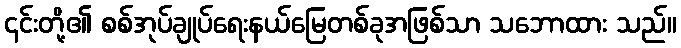
၎င်းတို့၏ စစ်အုပ်ချုပ်ရေးနယ်မြေတစ်ခုအဖြစ်သာ သဘောထား သည်။